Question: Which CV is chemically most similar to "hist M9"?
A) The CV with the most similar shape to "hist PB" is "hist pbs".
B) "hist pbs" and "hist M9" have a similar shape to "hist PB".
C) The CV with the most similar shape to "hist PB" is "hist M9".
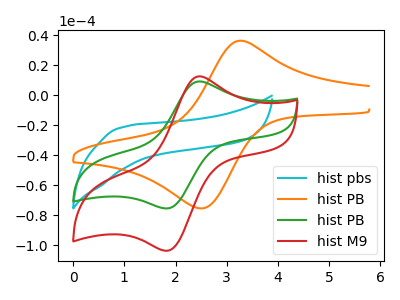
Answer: <think>The cyan curve "hist pbs" has no peaks. The orange curve "hist PB" has an anodic peak at (3.25V, 36.25uA) and a cathodic peak at (2.45V, -75.45uA). The green curve "hist PB" has an anodic peak at (2.45V, 9.10uA) and a cathodic peak at (1.85V, -75.55uA). The red curve "hist M9" has an anodic peak at (2.45V, 12.50uA) and a cathodic peak at (1.85V, -103.75uA).
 "hist pbs" and "hist PB" have a different number of peaks. "hist pbs" and "hist PB" have a different number of peaks. "hist pbs" and "hist M9" have a different number of peaks. "hist PB" and "hist PB" have at least one peak that do not match. "hist PB" and "hist M9" have at least one peak that do not match. All the peaks in "hist PB" have a peak in "hist M9" at the same potential. Every peak in "hist PB" is lower than every peak in "hist M9".</think>
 <answer>C) The CV with the most similar shape to "hist PB" is "hist M9".</answer>
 <eval>C</eval>